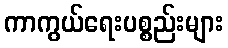
ကာကွယ်ရေးပစ္စည်းများ